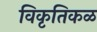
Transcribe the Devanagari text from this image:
विकृतिकळ